Vaccination in Bombay 1889-1901 - 1889-1901
Year: 1889
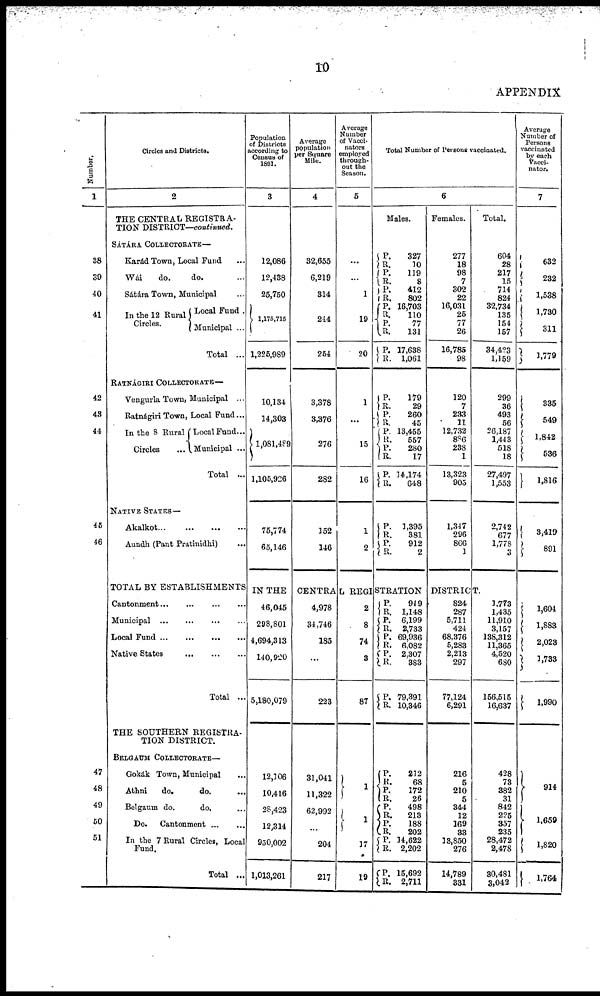
10
APPENDIX
Number.
1
38
39
40
41
42
43
44
45
46
47
48
49
50
51
Circles and Districts.
2
THE CENTRAL REGISTRA-
TION DISTRICT—continued.
SÁTÁRA COLLECTORATE—
Karád Town, Local Fund ...
Wái
do.
do. ... ...
Sátára Town, Municipal ...
In the 12 Rural
Circles.
Local Fund .
Municipal ...
Total ...
RATNÁGIRI COLLECTORATE—
Vengurla Town, Municipal ...
Ratnágiri Town, Local Fund...
In the 8 Rural
Circles ...
Local Fund...
Municipal ...
Total ...
NATIVE STATES—
Akalkot...
...
...
...
Aundh (Pant Pratinidhi) ...
Population
of Districts
according to
Census of
1891.
3
12,086
12,438
25,750
1,175,715
1,225,989
10,134
14,303
1,081,489
1,105,926
75,774
65,146
Average
population
per Square
Mile.
4
32,655
6,219
314
244
264
3,378
3,376
276
282
152
146
Average
Number
of Vacci¬
nators
employed
through-
out the
Season.
5
...
...
1
19
20
1
...
15
16
1
2
Total Number of Persons vaccinated.
6
Males.
P.
R.
P.
R.
P.
R.
P.
R. P.
R. P.
R.
P.
R. P.
R.
P.
R.
P.
R.
P.
R.
P.
R.
P. R.
327
10
119
8
412
802
16,703
110
77
131
17,638
1,061
179
29
260
45
13,455
557
280
17
14,174
648
1,395
381
912
2
Females.
277
18
98
7
302
22
16,031
25
77
26
16,785
98
120
7
233
11
12,732
886
238
1
13,323
905
1,347
296
866
1
Total.
604
28
217
15
714
824
32,734
135
154
157
34,4?3
1,159
299
36
493
56
26,187
1,443
518
18
27,497
1,553
2,742
677
1,778
3
TOTAL BY ESTABLISHMENTS IN THE CENTRAL REGISTRATION DISTRICT.
Cantonment
...
...
...
...
Municipal
...
...
...
...
Local Fund
...
...
...
...
Native States
...
...
...
Total ...
THE SOUTHERN REGISTRA-
TION DISTRICT.
BELGAUM COLLECTORATE—
Gokák Town, Municipal ...
Athni
do.
do. ...
Belgaum do.
do. ...
Do.
Cantonment ... ...
In the 7 Rural Circles, Local
Fund.
Total ...
46,045
298,801
4,694,313
140,920
5,180,079
12,106
10,416
28,423
12,314
950,002
1,013,261
4,978
34,746
185
...
223
31,041
11,322
62,992
...
204
217
2
8
74
3
87
1
1
17
19
P.
R.
P.
R.
P.
R. P.
R.
P.
R.
P.
R.
P.
R.
P.
R.
P.
R.
P.
R.
P.
R.
949
1,148
6,199
2,733
69,936
6,082
2,307
383
79,391
10,346
212
68
172
26
498
213
188
202
14,622
2,202
15,692
2,711
824
287
5,711
424
68,376
5,283
2,213
297
77,124
6,291
216
5
210
5
344
12
169
33
13,850
276
14,789
331
1,773
1,435
11,910
3,157
138,312
11,365
4,520
680
156,515
16,637
428
73
382
31
842
225
357
235
28,472
2,478
30,481
3,042
Average
Number of
Persons
vaccinated
by each
Vacci¬
nator.
7
632
232
1,538
1,730
311
1,779
335
549
1,842
536
1,816
3,419
891
1,604
1,883
2,023
1,733
1,990
914
1,659
1,820
1,764